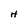
Character: H